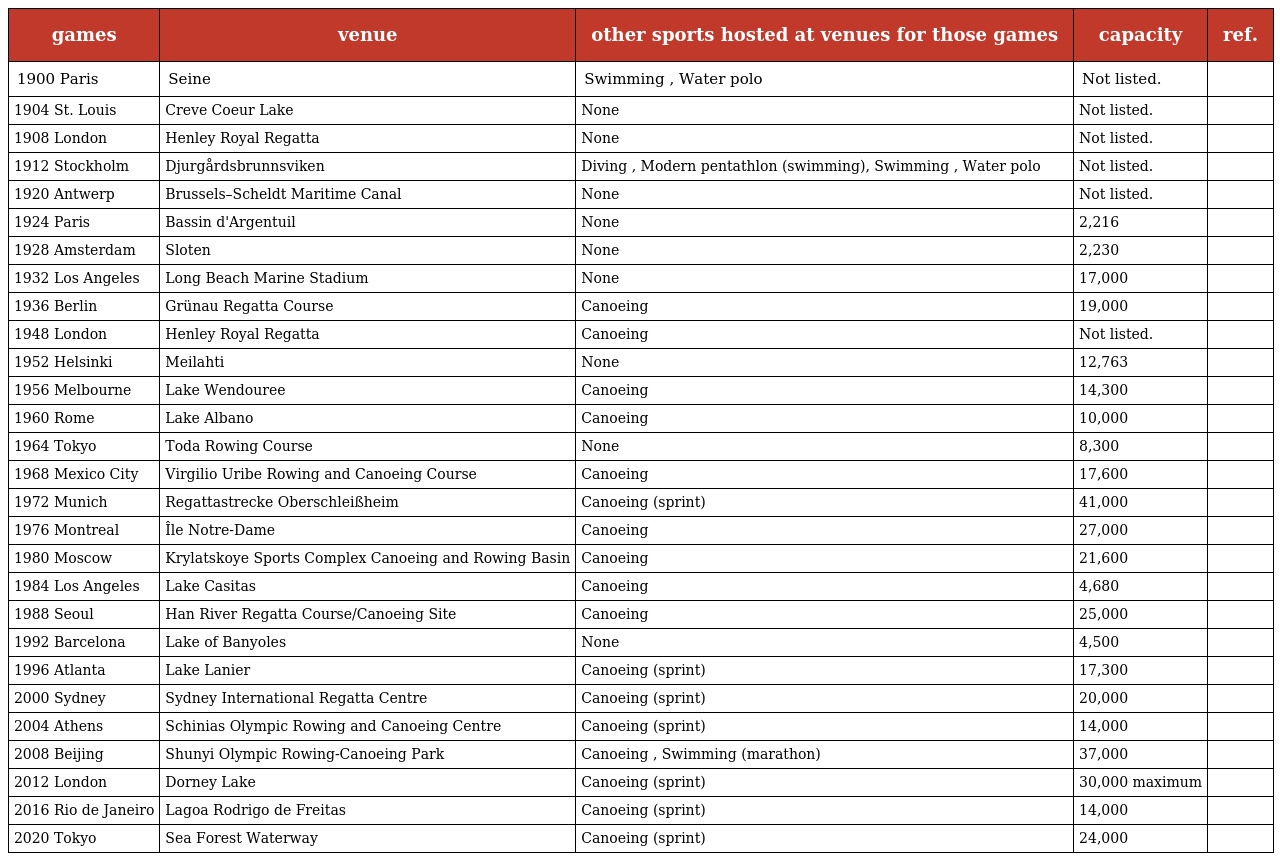
| games | venue | other sports hosted at venues for those games | capacity | ref. |
 | --- | --- | --- | --- | --- |
 | 1900 Paris | Seine | Swimming , Water polo | Not listed. |  |
 | 1904 St. Louis | Creve Coeur Lake | None | Not listed. |  |
 | 1908 London | Henley Royal Regatta | None | Not listed. |  |
 | 1912 Stockholm | Djurgårdsbrunnsviken | Diving , Modern pentathlon (swimming), Swimming , Water polo | Not listed. |  |
 | 1920 Antwerp | Brussels–Scheldt Maritime Canal | None | Not listed. |  |
 | 1924 Paris | Bassin d'Argentuil | None | 2,216 |  |
 | 1928 Amsterdam | Sloten | None | 2,230 |  |
 | 1932 Los Angeles | Long Beach Marine Stadium | None | 17,000 |  |
 | 1936 Berlin | Grünau Regatta Course | Canoeing | 19,000 |  |
 | 1948 London | Henley Royal Regatta | Canoeing | Not listed. |  |
 | 1952 Helsinki | Meilahti | None | 12,763 |  |
 | 1956 Melbourne | Lake Wendouree | Canoeing | 14,300 |  |
 | 1960 Rome | Lake Albano | Canoeing | 10,000 |  |
 | 1964 Tokyo | Toda Rowing Course | None | 8,300 |  |
 | 1968 Mexico City | Virgilio Uribe Rowing and Canoeing Course | Canoeing | 17,600 |  |
 | 1972 Munich | Regattastrecke Oberschleißheim | Canoeing (sprint) | 41,000 |  |
 | 1976 Montreal | Île Notre-Dame | Canoeing | 27,000 |  |
 | 1980 Moscow | Krylatskoye Sports Complex Canoeing and Rowing Basin | Canoeing | 21,600 |  |
 | 1984 Los Angeles | Lake Casitas | Canoeing | 4,680 |  |
 | 1988 Seoul | Han River Regatta Course/Canoeing Site | Canoeing | 25,000 |  |
 | 1992 Barcelona | Lake of Banyoles | None | 4,500 |  |
 | 1996 Atlanta | Lake Lanier | Canoeing (sprint) | 17,300 |  |
 | 2000 Sydney | Sydney International Regatta Centre | Canoeing (sprint) | 20,000 |  |
 | 2004 Athens | Schinias Olympic Rowing and Canoeing Centre | Canoeing (sprint) | 14,000 |  |
 | 2008 Beijing | Shunyi Olympic Rowing-Canoeing Park | Canoeing , Swimming (marathon) | 37,000 |  |
 | 2012 London | Dorney Lake | Canoeing (sprint) | 30,000 maximum |  |
 | 2016 Rio de Janeiro | Lagoa Rodrigo de Freitas | Canoeing (sprint) | 14,000 |  |
 | 2020 Tokyo | Sea Forest Waterway | Canoeing (sprint) | 24,000 |  |